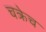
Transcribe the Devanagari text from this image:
चक्रेच